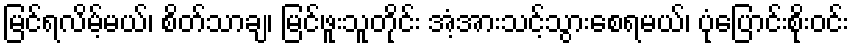
မြင်ရလိမ့်မယ်၊ စိတ်သာချ၊ မြင်ဖူးသူတိုင်း အံ့အားသင့်သွားစေရမယ်၊ ပုံပြောင်းစိုးဝင်း